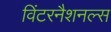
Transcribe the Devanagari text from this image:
विंटरनैशनल्स